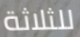
للثلاثة